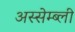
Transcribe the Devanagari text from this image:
अस्सेम्ब्ली